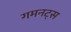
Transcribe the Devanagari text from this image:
गमनट्स